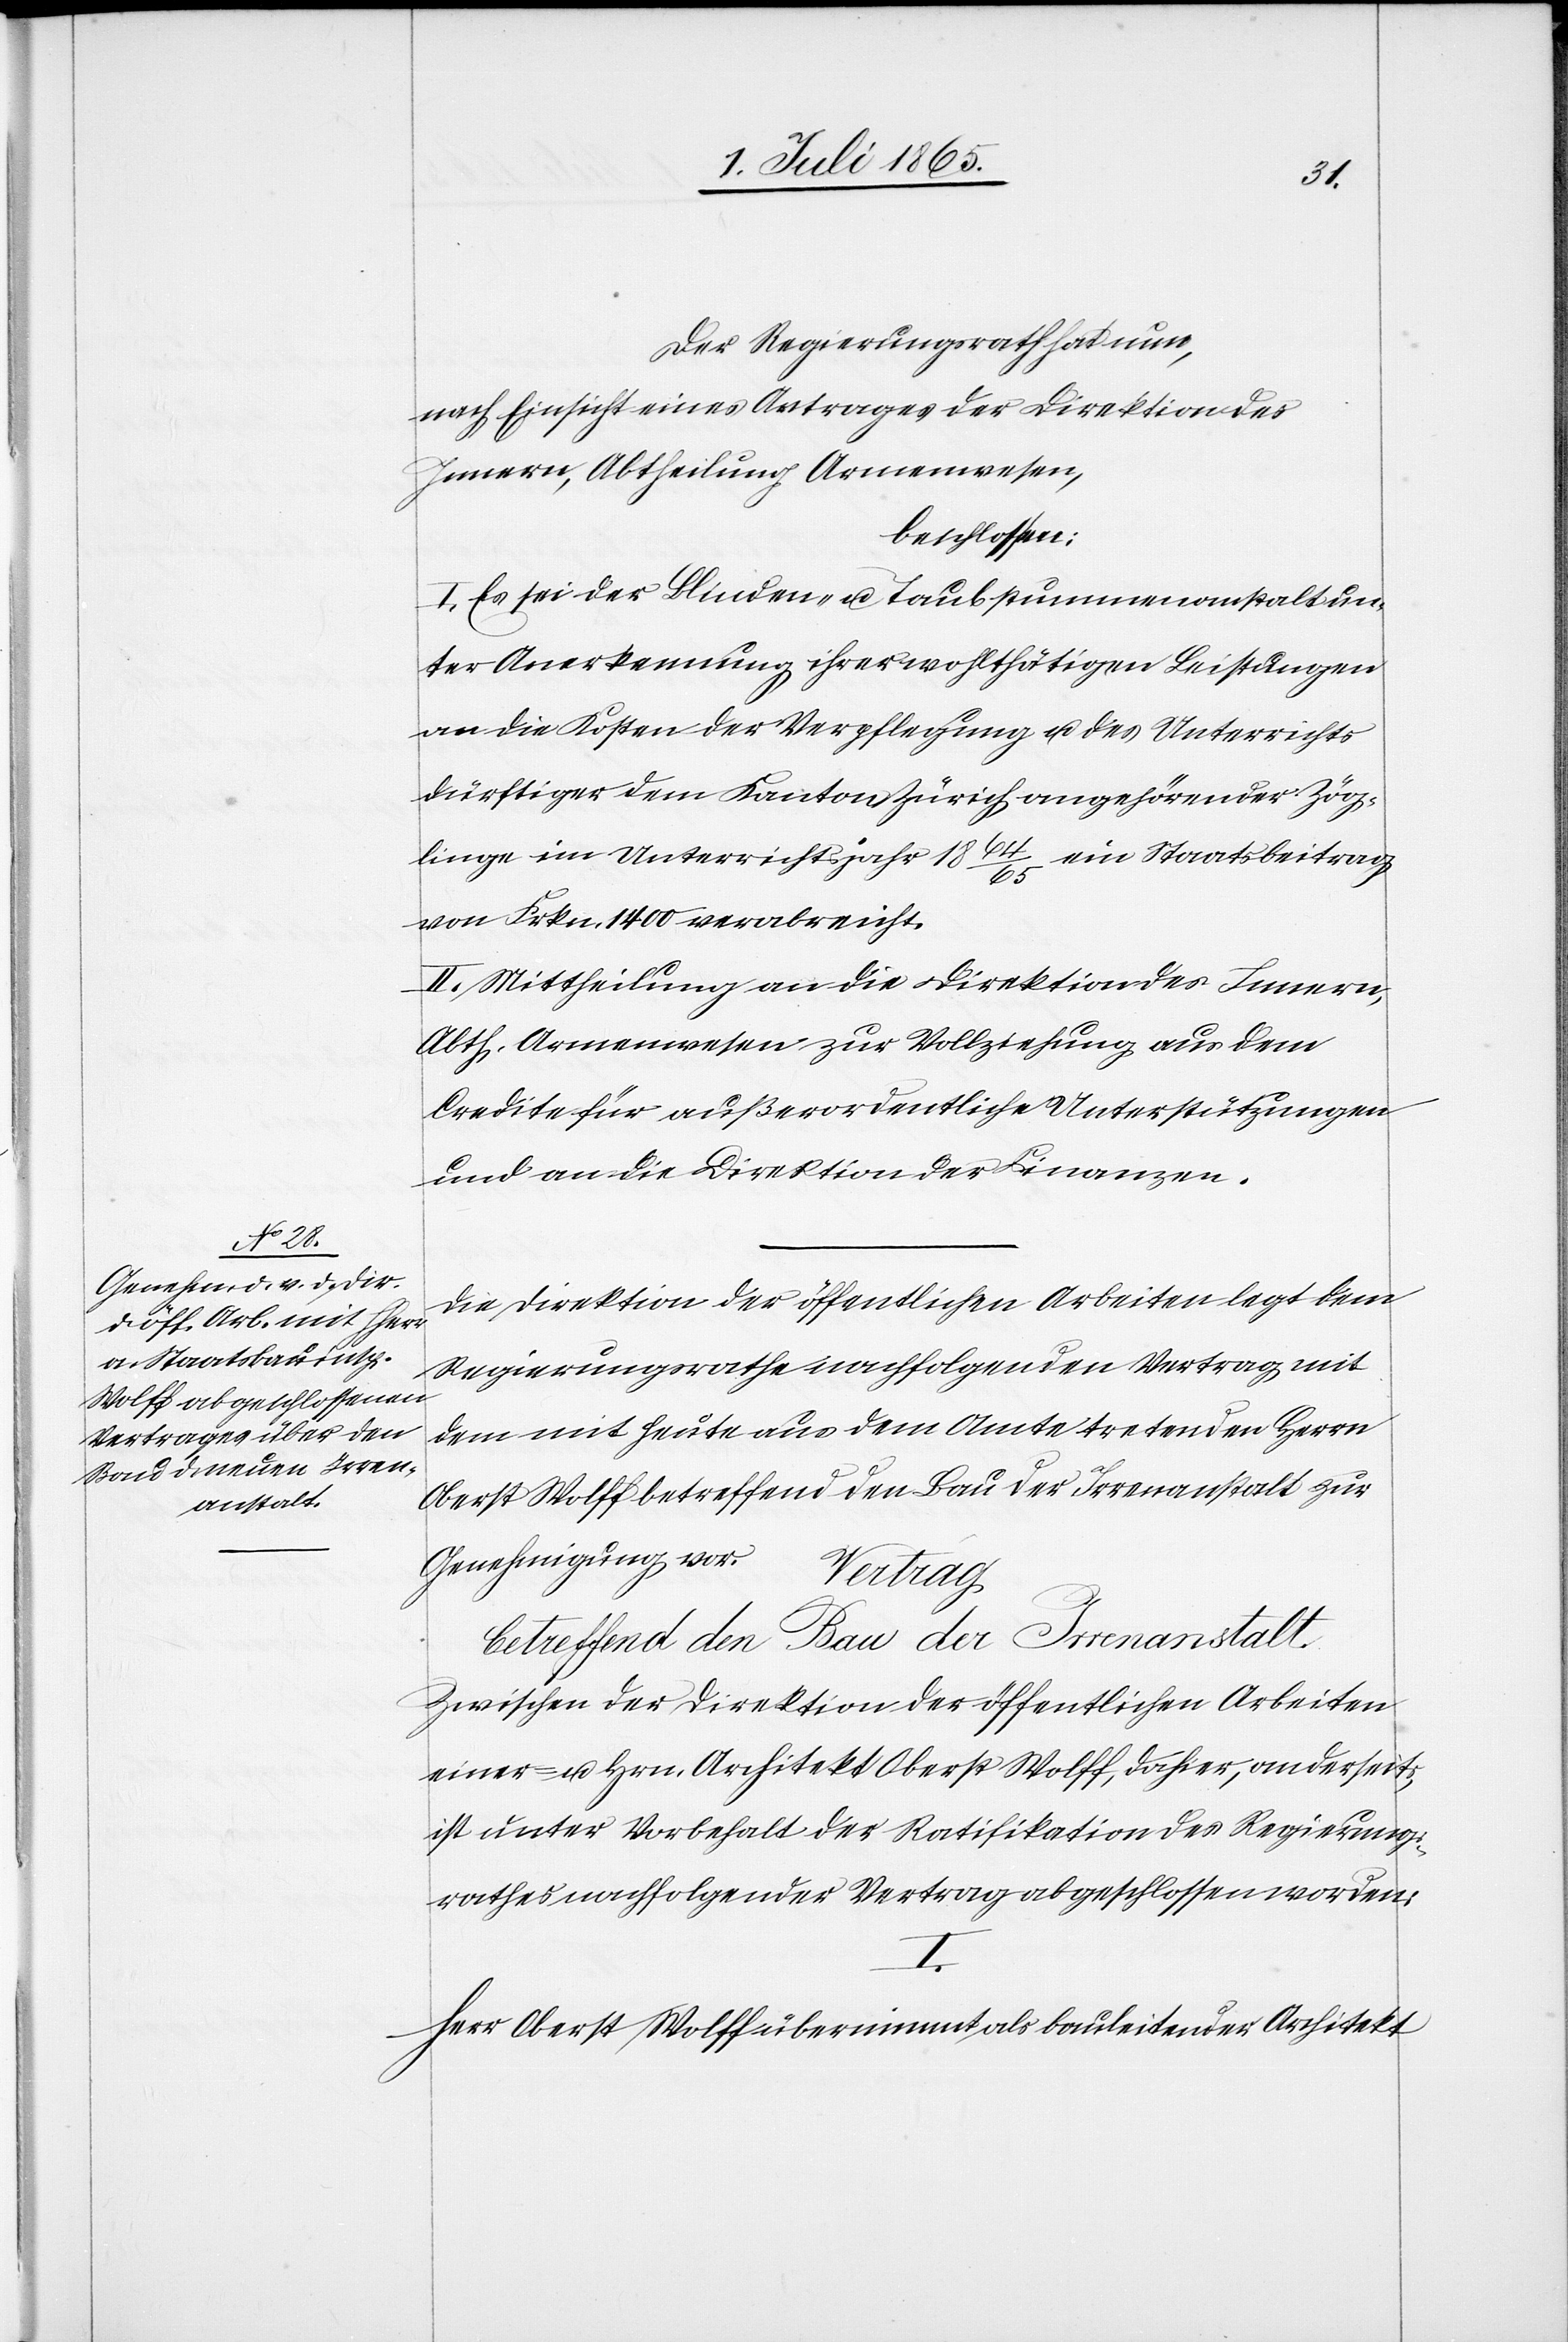
Der Regierungsrath hat nun,
nach Einsicht eines Antrages der Direktion des
Innern, Abtheilung Armenwesen,
beschlossen:
I. Es sei der Blinden- u. Taubstummenanstalt un¬
ter Anerkennung ihrer wohlthätigen Leistungen
an die Kosten der Verpflegung u. des Unterrichts
dürftiger dem Kanton Zürich angehörender Zög¬
linge im Unterrichtsjahr 1864/65 ein Staatsbeitrag
von Frkn. 1400 verabreicht.
II. Mittheilung an die Direktion des Innern,
Abth. Armenwesen zur Vollziehung aus dem
Credite für außerordentliche Unterstützungen
und an die Direktion der Finanzen.
Die Direktion der öffentlichen Arbeiten legt dem
Regierungsrathe nachfolgenden Vertrag mit
dem mit heute aus dem Amte tretenden Herrn
Oberst Wolff betreffend den Bau der Irrenanstalt zur
Genehmigung vor.
Vertrag
betreffend den Bau der Irrensanstalt.
Zwischen der Direktion der öffentlichen Arbeiten
einer- u. Hrn. Architekt Oberst Wolff, dahier, anderseits,
ist unter Vorbehalt der Ratifikation des Regierungs¬
rathes nachfolgender Vertrag abgeschlossen worden:
I.
Herr Oberst Wolff übernimmt als bauleitender Architekt